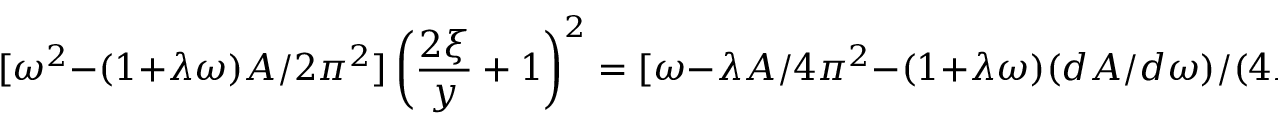
[ \omega ^ { 2 } - ( 1 + \lambda \omega ) A / 2 \pi ^ { 2 } ] \left( \frac { 2 \xi } { y } + 1 \right) ^ { 2 } = [ \omega - \lambda A / 4 \pi ^ { 2 } - ( 1 + \lambda \omega ) ( d A / d \omega ) / ( 4 \pi ^ { 2 } ) ] ^ { 2 } ,